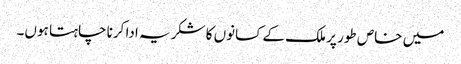
میں خاص طور پر ملک کے کسانوں کا شکریہ ادا کرنا چاہتا ہوں۔